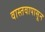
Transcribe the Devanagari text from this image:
वास्तवापासून